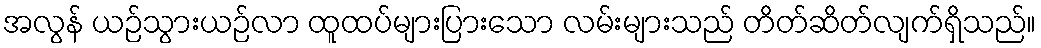
အလွန် ယဉ်သွားယဉ်လာ ထူထပ်များပြားသော လမ်းများသည် တိတ်ဆိတ်လျက်ရှိသည်။